Indian journal of veterinary science and animal husbandry - Volume 13,
Year: 1943
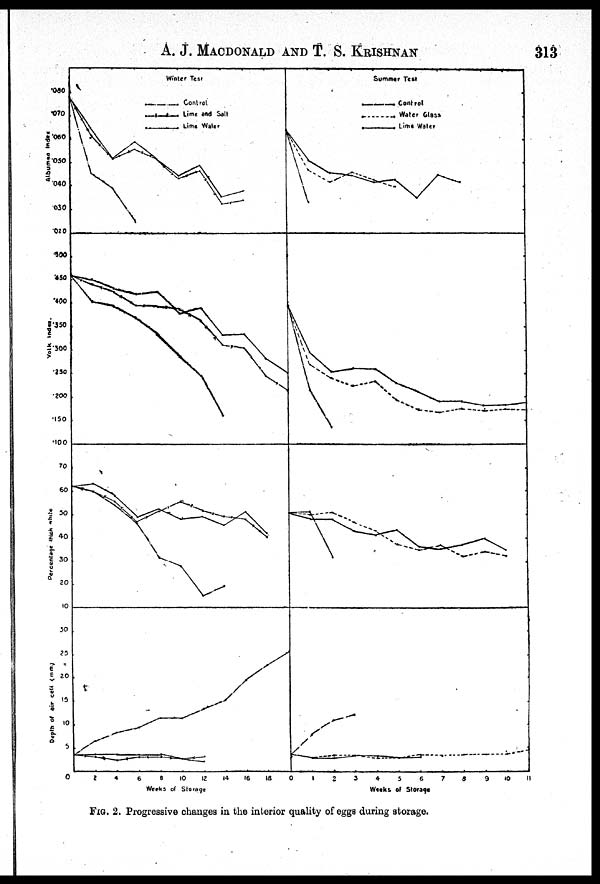
A. J. MACDONALD AND T. S.
KRISHNAN
313
FIG. 2. Progressive changes in the interior quality of eggs during storage.